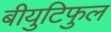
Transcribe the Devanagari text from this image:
बीयुटिफुल